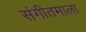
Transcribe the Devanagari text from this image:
संगीतमाला